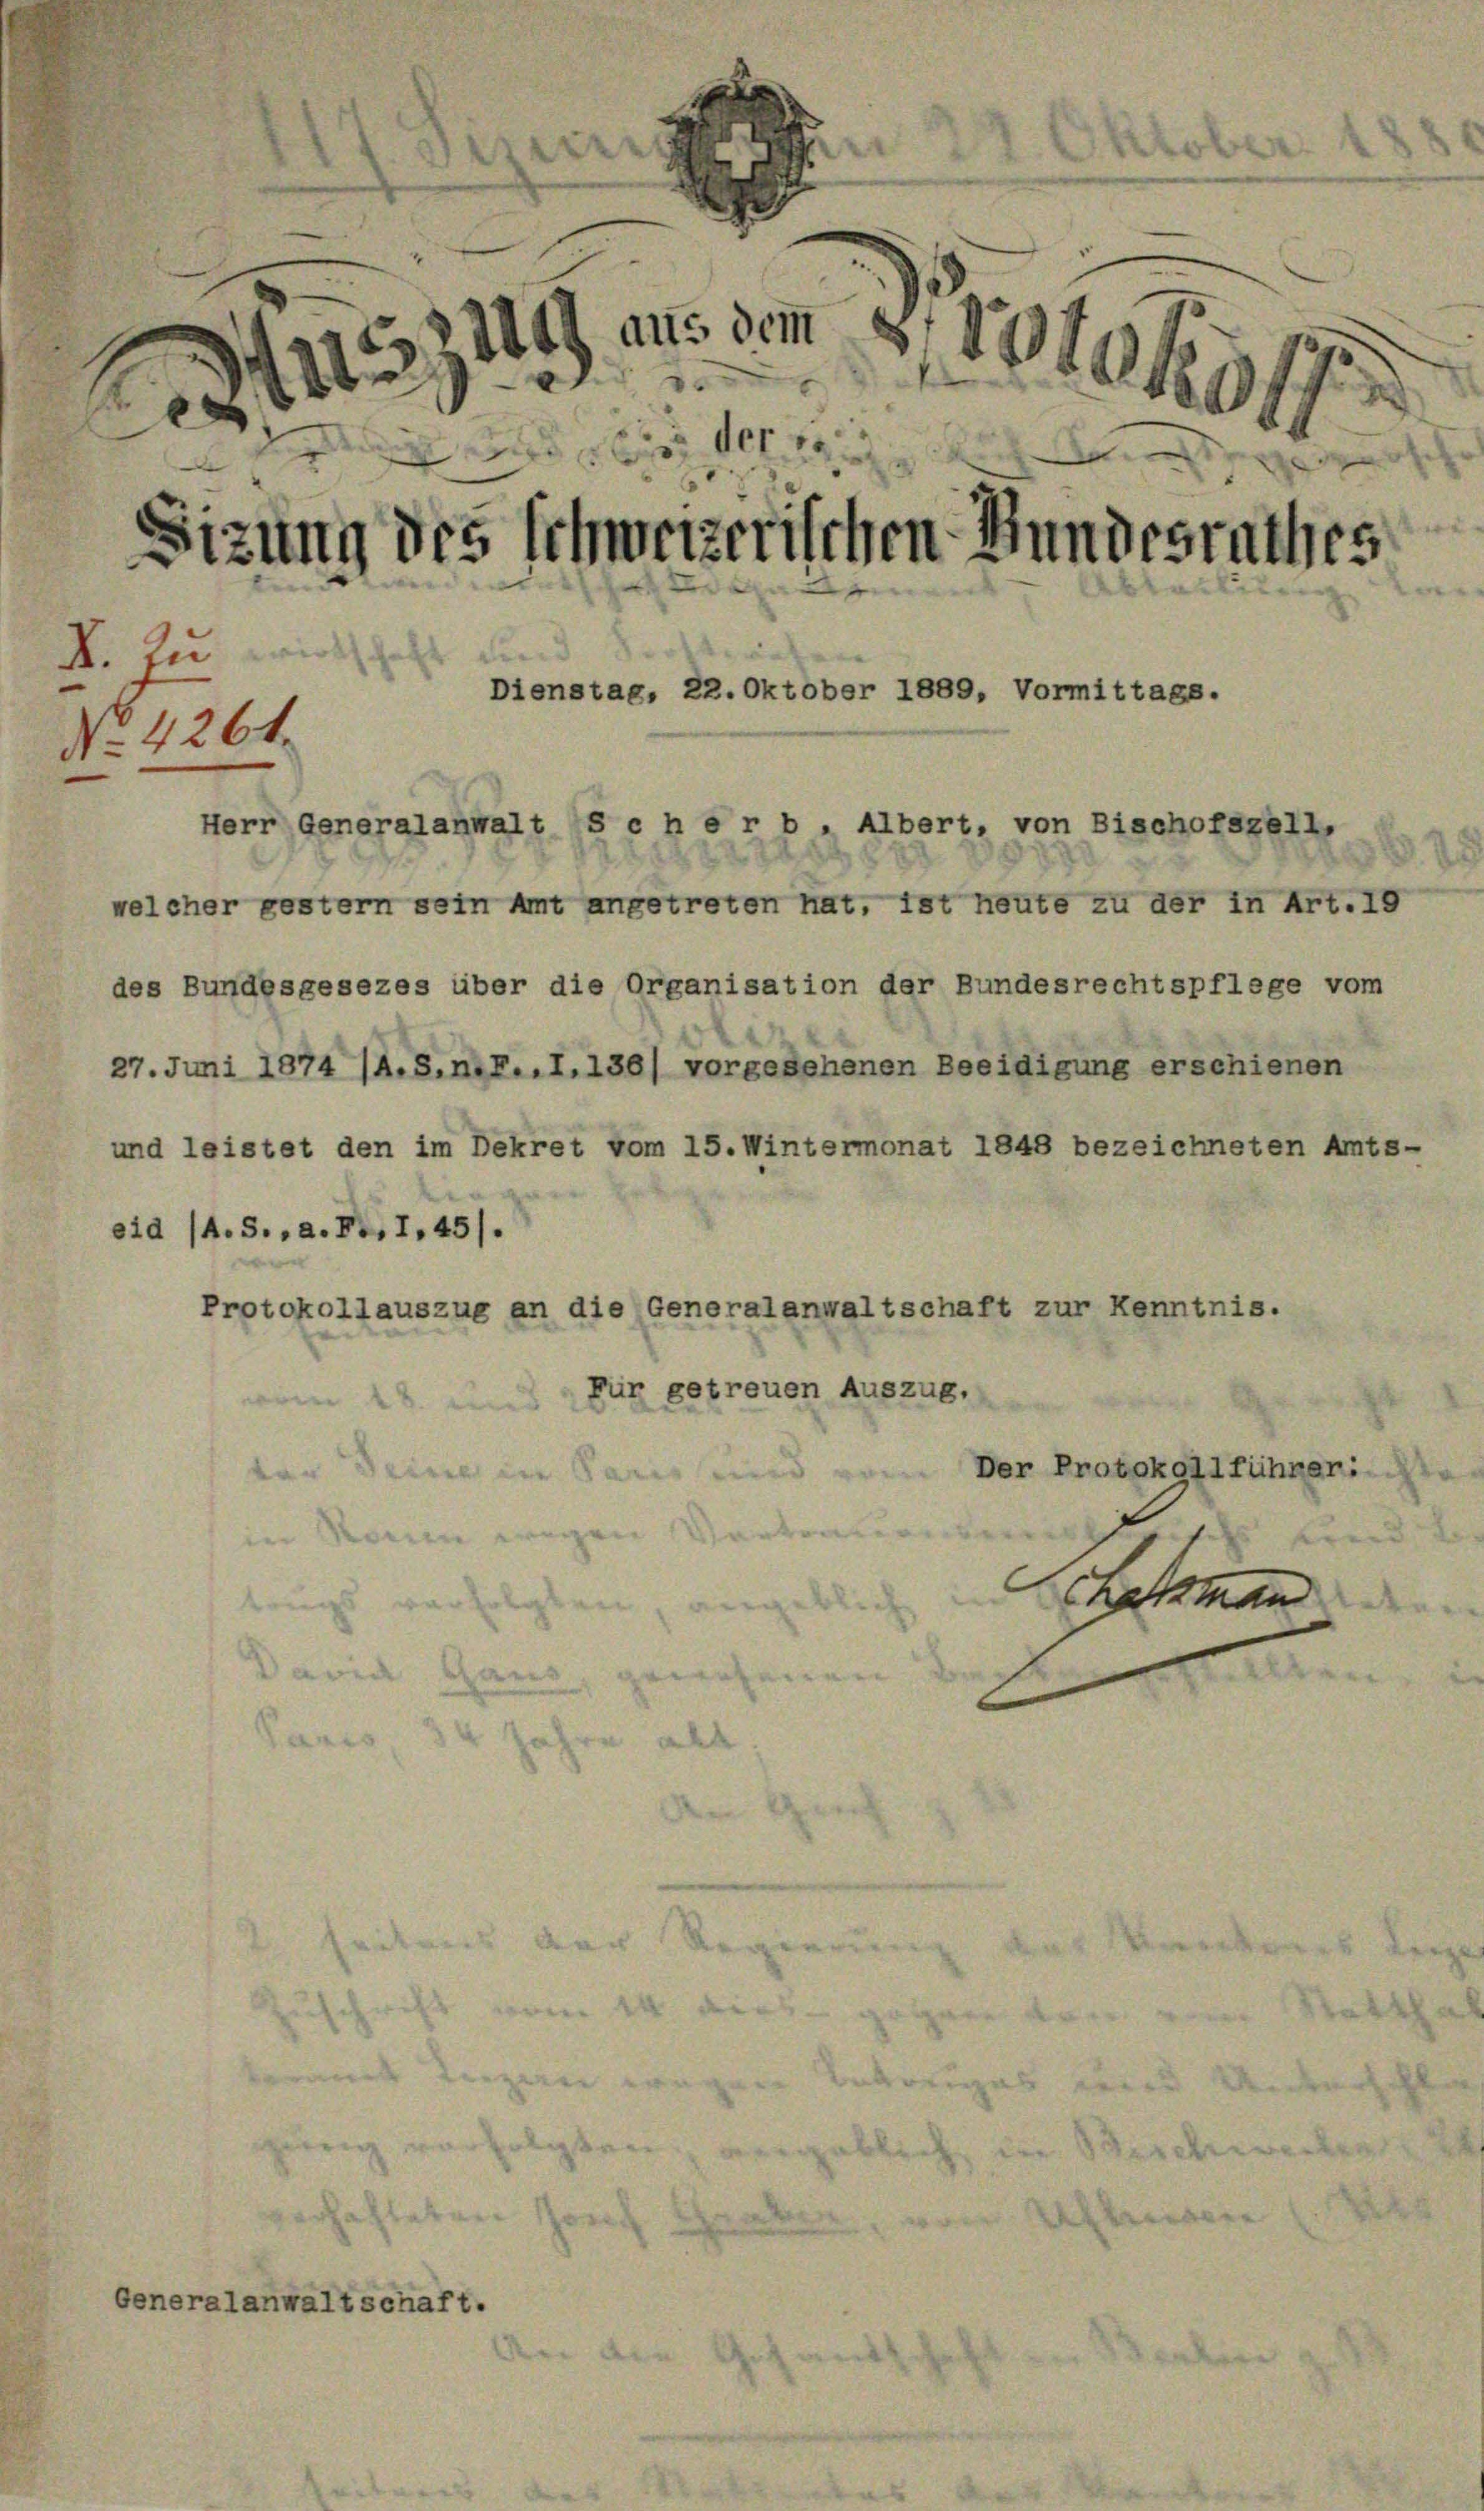
2
dch aus dem 8. 1810 ky 17
5
22
2
0
Sizung des schweizerischen Bundesrathes

B. zu wird als die

No. 4261.
Herr Generalanwalt S c h e r b, Albert, von Bischofszell,
welcher gestern sein Amt angetreten hat, ist heute zu der in Art. 19
des Bundesgesezes über die Organisation der Bundesrechtspflege vom
27. Juni 1874 (A.S.n.F..I.136) vorgesehenen Beeidigung erschienen
und leistet den im Dekret vom 15. Wintermonat 1848 bezeichneten Amts-

eid (A.S., a. P. 1,45).
Protokollauszug an die Generalenwaltschaft zur Kenntnis.
Für getreuen Auszug.
Der Protokollfühneri
von deine in San und
in Raum wegen Ver
Er
Scheman
trugs verfolgten
i
David Gans, gewohn

ir

Dienstag, 22. Oktober 1889, Vormittags.

Generalanwaltschaft.

d

.
e
u

d